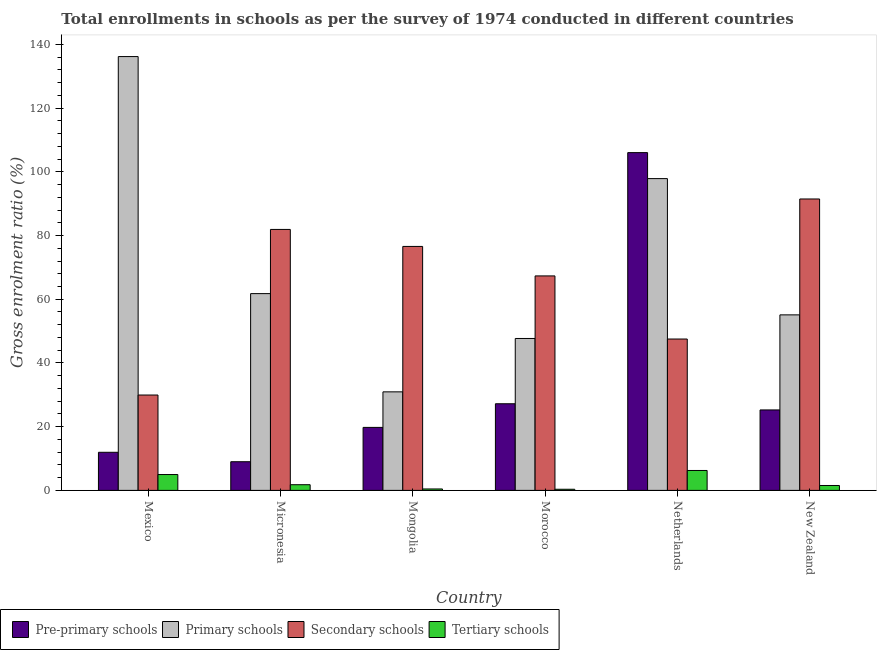
| Country | Pre-primary schools | Primary schools | Secondary schools | Tertiary schools |
 | --- | --- | --- | --- | --- |
 | Mexico | 12 | 136 | 29.9 | 4.97 |
 | Micronesia | 9 | 61.8 | 81.9 | 1.78 |
 | Mongolia | 19.8 | 30.9 | 76.6 | 0.448 |
 | Morocco | 27.2 | 47.7 | 67.3 | 0.353 |
 | Netherlands | 106 | 97.9 | 47.5 | 6.25 |
 | New Zealand | 25.3 | 55.1 | 91.5 | 1.54 |